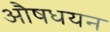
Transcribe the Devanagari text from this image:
औषधयन